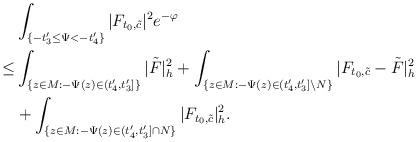
LaTeX: \begin{align*}&\int_{ \{-t'_3\le\Psi<-t'_4\}}|F_{t_0,\tilde{c}}|^2e^{-\varphi}\\\le & \int_{\{z\in M:-\Psi(z)\in (t'_4,t'_3]\}}|\tilde F|^2_h+\int_{\{z\in M:-\Psi(z)\in (t'_4,t'_3]\backslash N\}}|F_{t_0,\tilde{c}}-\tilde F|^2_h\\&+\int_{ \{z\in M: -\Psi(z)\in(t'_4,t'_3]\cap N\}}|F_{t_0,\tilde{c}}|^2_h.\end{align*}